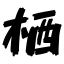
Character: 栖